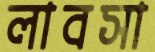
লাবসা